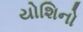
યોશિનો